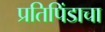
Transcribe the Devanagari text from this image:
प्रतिपिंडाचा